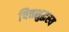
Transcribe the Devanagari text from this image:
चित्तशुद्धस्य